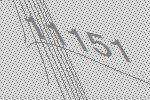
11151